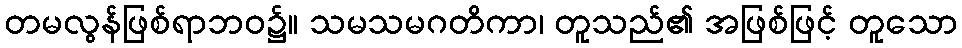
တမလွန်ဖြစ်ရာဘဝ၌။ သမသမဂတိကာ၊ တူသည်၏ အဖြစ်ဖြင့် တူသော